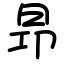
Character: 昻